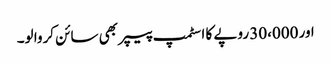
اور 30،000 روپے کا اسٹمپ پیپر بھی سائن کروا لو۔